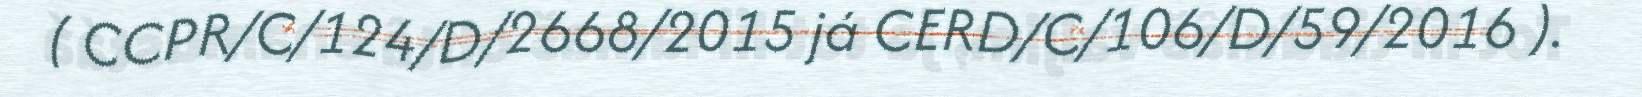
( CCPR/C/124/D/2668/2015 já CERD/C/106/D/59/2016 ).